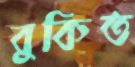
বুকিত